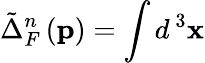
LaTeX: \tilde{\Delta}_{F}^{n}\left(\mathbf{p}\right)=\int d^{\mathbf{\ }3}\mathbf{x}